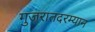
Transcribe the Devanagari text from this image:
गुजरातदरम्यान